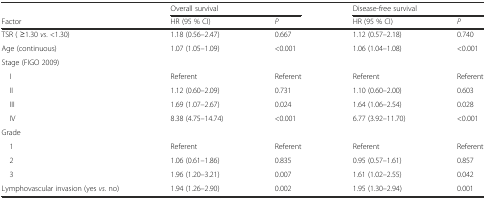
|  | <COLSPAN=2> Overall survival | <COLSPAN=2> Disease-free survival |
 | Factor | HR (95 % CI) | P | HR (95 % CI) | P |
 | --- | --- | --- | --- | --- |
 | TSR ( ≥1.30 vs. <1.30) | 1.18 (0.56–2.47) | 0.667 | 1.12 (0.57–2.18) | 0.740 |
 | Age (continuous) | 1.07 (1.05–1.09) | <0.001 | 1.06 (1.04–1.08) | <0.001 |
 | Stage (FIGO 2009) |  |  |  |  |
 | I | Referent | Referent | Referent | Referent |
 | II | 1.12 (0.60–2.09) | 0.731 | 1.10 (0.60–2.00) | 0.603 |
 | III | 1.69 (1.07–2.67) | 0.024 | 1.64 (1.06–2.54) | 0.028 |
 | IV | 8.38 (4.75–14.74) | <0.001 | 6.77 (3.92–11.70) | <0.001 |
 | Grade |  |  |  |  |
 | 1 | Referent | Referent | Referent | Referent |
 | 2 | 1.06 (0.61–1.86) | 0.835 | 0.95 (0.57–1.61) | 0.857 |
 | 3 | 1.96 (1.20–3.21) | 0.007 | 1.61 (1.02–2.55) | 0.042 |
 | Lymphovascular invasion (yes vs. no) | 1.94 (1.26–2.90) | 0.002 | 1.95 (1.30–2.94) | 0.001 |